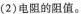
(2)电阻的阻值。